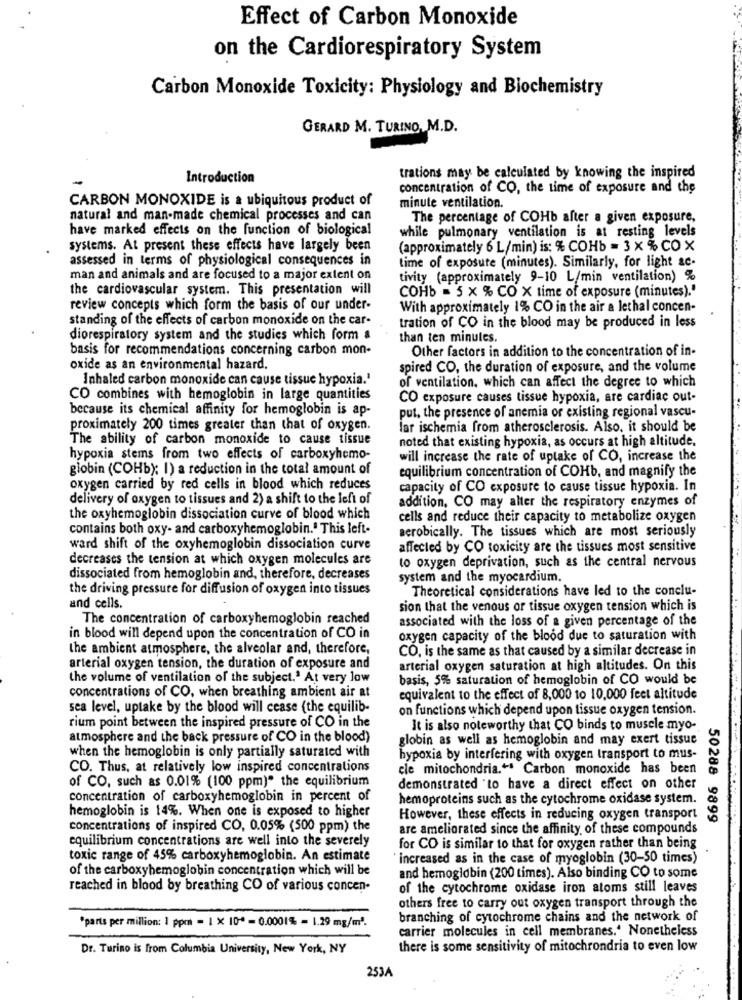
Effect of Carbon Monoxide
on the Cardiorespiratory System
Carbon Monoxide Toxicity: Physiology and Biochemistry
GERARD M. TURINO, M.D.
trations may be calculated by knowing the inspired
Introduction
concentration of CO, the time of exposure and the
CARBON MONOXIDE is a ubiquitous product of
minute ventilation.
natural and man-made chemical processes and can
The percentage of COHb after a given exposure,
have marked effects on the function of biological
while pulmonary ventilation is at resting levels
systems. At present these effects have largely been
(approximately 6 L/min) is: % COHb = 3 x % CO X
assessed in terms of physiological consequences in
time of exposure (minutes). Similarly, for light ac-
man and animals and are focused to a major extent on
tivity (approximately 9-10 L/min ventilation) %
the cardiovascular system. This presentation will
COHb = 5 x % CO X time of exposure (minutes)."
review concepts which form the basis of our under-
With approximately 1% CO in the air a lethal concen-
standing of the effects of carbon monoxide on the car-
tration of CO in the blood may be produced in less
diorespiratory system and the studies which form a
than ten minutes.
basis for recommendations concerning carbon mon-
Other factors in addition to the concentration of in-
oxide as an environmental hazard.
spired CO, the duration of exposure, and the volume
Inhaled carbon monoxide can cause tissue hypoxia.'
of ventilation, which can affect the degree to which
CO combines with hemoglobin in large quantities
CO exposure causes tissue hypoxia, are cardiac out-
because its chemical affinity for hemoglobin is ap-
put, the presence of anemia or existing regional vascu-
proximately 200 times greater than that of oxygen.
lar ischemia from atherosclerosis. Also, it should be
The ability of carbon monoxide to cause tissue
noted that existing hypoxia, as occurs at high altitude.
hypoxia stems from two effects of carboxyhemo-
will increase the rate of uptake of CO, increase the
globin (COHb); I) a reduction in the total amount of
equilibrium concentration of COHb, and magnify the
oxygen carried by red cells in blood which reduces
capacity of CO exposure to cause tissue hypoxia. In
delivery of oxygen to tissues and 2) a shift to the left of
addition, CO may alter the respiratory enzymes of
the oxyhemoglobin dissociation curve of blood which
cells and reduce their capacity to metabolize oxygen
contains both oxy- and carboxyhemoglobin." This left-
aerobically. The tissues which are most seriously
ward shift of the oxyhemoglobin dissociation curve
affected by CO toxicity are the tissues most sensitive
decreases the tension at which oxygen molecules are
to oxygen deprivation, such as the central nervous
dissociated from hemoglobin and, therefore, decreases
system and the myocardium.
the driving pressure for diffusion of oxygen into tissues
Theoretical considerations have led to the conclu-
and cells.
sion that the venous or tissue oxygen tension which is
The concentration of carboxyhemoglobin reached
associated with the loss of a given percentage of the
in blood will depend upon the concentration of CO in
oxygen capacity of the blood due to saturation with
the ambient atmosphere, the alveolar and, therefore,
CO, is the same as that caused by a similar decrease in
arterial oxygen tension, the duration of exposure and
arterial oxygen saturation at high altitudes. On this
the volume of ventilation of the subject.' At very low
basis, 5% saturation of hemoglobin of CO would be
concentrations of CO, when breathing ambient air at
equivalent to the effect of 8,000 to 10,000 feet altitude
sea level, uptake by the blood will cease {the equilib-
on functions which depend upon tissue oxygen tension.
rium point between the inspired pressure of CO in the
It is also noteworthy that CO binds to muscle myo-
atmosphere and the back pressure of CO in the blood)
globin as well as hemoglobin and may exert tissue
when the hemoglobin is only partially saturated with
hypoxia by interfering with oxygen transport to mus-
CO. Thus, at relatively low inspired concentrations
cle mitochondria .** Carbon monoxide has been
of CO, such as 0.01% (100 ppm)" the equilibrium
demonstrated 'to have a direct effect on other
concentration of carboxyhemoglobin in percent of
hemoproteins such as the cytochrome oxidase system.
hemoglobin is 14%. When one is exposed to higher
However, these effects in reducing oxygen transport
50288 9899
concentrations of inspired CO, 0.05% (500 ppm) the
are ameliorated since the affinity, of these compounds
equilibrium concentrations are well into the severely
for CO is similar to that for oxygen rather than being
toxic range of 45% carboxyhemoglobin. An estimate
"increased as in the case of myoglobin (30-50 times)
of the carboxyhemoglobin concentration which will be
and hemoglobin (200 times). Also binding CO to some
reached in blood by breathing CO of various concen-
of the cytochrome oxidase iron atoms still leaves
others free to carry out oxygen transport through the
"parts per million: 1 ppm = 1 X 10* = 0.0001% = 1.29 mg/m".
branching of cytochrome chains and the network of
carrier molecules in cell membranes. Nonetheless
Dr. Turino is from Columbia University, New York, NY
there is some sensitivity of mitochondria to even low
253A